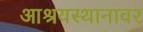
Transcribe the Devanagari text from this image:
आश्रयस्थानावर